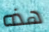
هذه